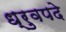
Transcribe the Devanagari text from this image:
ध्रुवपदे